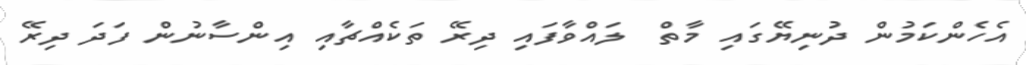
އެހެންކަމުން ދުނިޔޭގައި މާތް  ލައްވާފައި ދިރޭ ތަކެއްޗާއި އިންސާނުން ފަދަ ދިރޭ